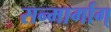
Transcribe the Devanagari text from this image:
सन्मार्गाग्